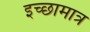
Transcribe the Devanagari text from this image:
इच्छामात्र